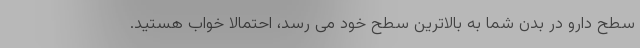
سطح دارو در بدن شما به بالاترین سطح خود می رسد، احتمالا خواب هستید.